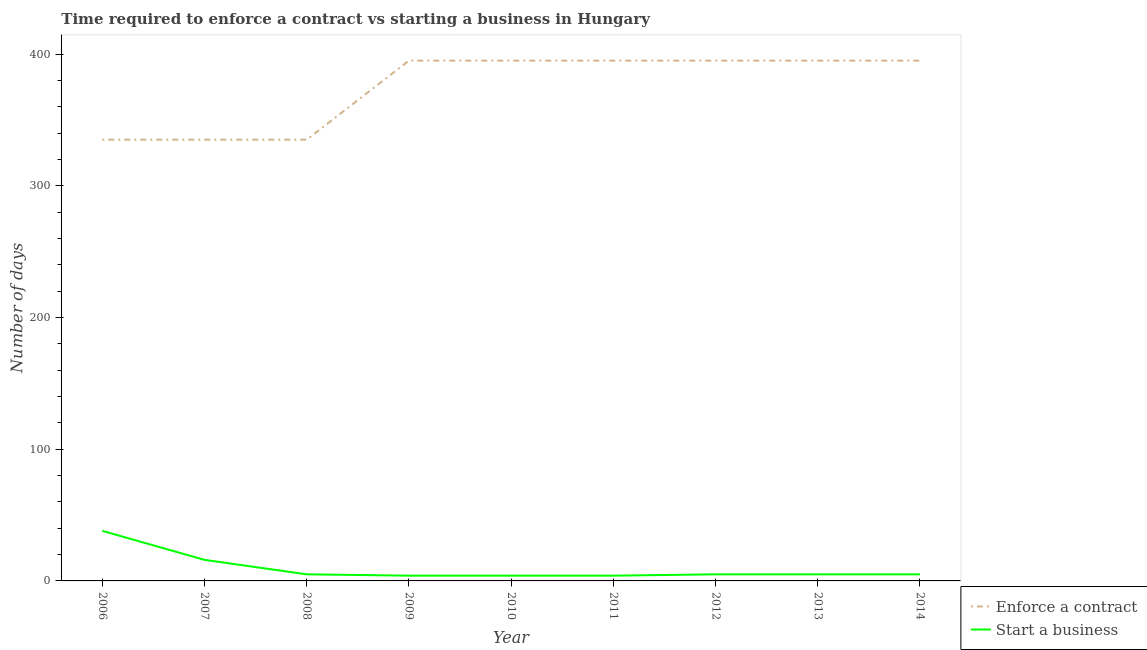
| Year | Enforce a contract | Start a business |
 | --- | --- | --- |
 | 2006 | 335 | 38 |
 | 2007 | 335 | 16 |
 | 2008 | 335 | 5 |
 | 2009 | 395 | 4 |
 | 2010 | 395 | 4 |
 | 2011 | 395 | 4 |
 | 2012 | 395 | 5 |
 | 2013 | 395 | 5 |
 | 2014 | 395 | 5 |